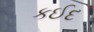
કઈદ